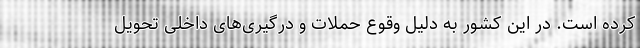
کرده است. در این کشور به دلیل وقوع حملات و درگیری‌های داخلی تحویل